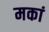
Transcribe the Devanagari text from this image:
मकां